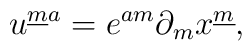
u^{{\underline m}a}  =e^{am} \partial_{m} x^{\underline m},